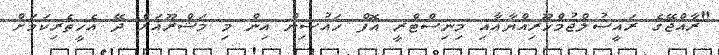
"ރާއްޖޭގެ ރައީސުލްޖުމްހޫރިއްޔާއާއި މިނިސްޓްރީ އޮފް ހައުސިން އިން މި މަޝްރޫއަށް ދޭ އެހީތެރިކަމަށް